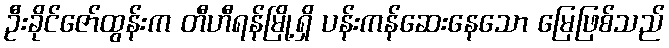
ဦးခိုင်ဇော်ထွန်းက တီဟီရန်မြို့ရှိ ပန်းကန်ဆေးနေသော မြေဖြစ်သည်